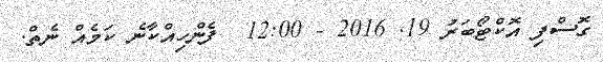
ގޮސްފި އޮކްޓޯބަރު 19